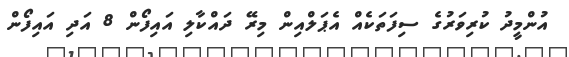
އުންމީދު ކުރިވަރުގެ ސިފަތަކެއް އެޕަލްއިން މިރޭ ދައްކާލި އައިފޯން 8 އަދި އައިފޯން